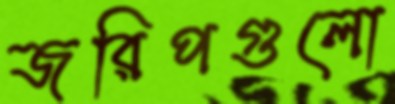
জরিপগুলো